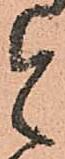
と